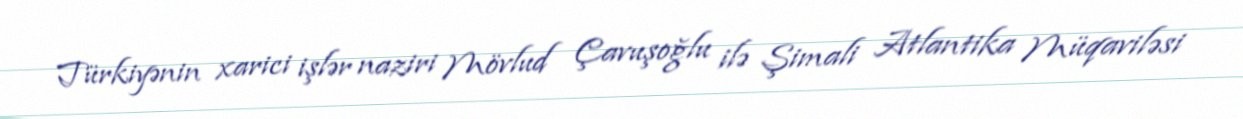
Türkiyənin xarici işlər naziri Mövlud Çavuşoğlu ilə Şimali Atlantika Müqaviləsi